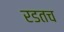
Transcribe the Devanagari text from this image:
रडतच